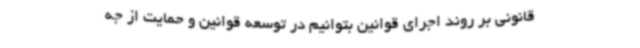
قانونی بر روند اجرای قوانین بتوانیم در توسعه قوانین و حمایت از جه